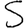
Digit: 5